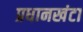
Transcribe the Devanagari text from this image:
प्रधानखंटा